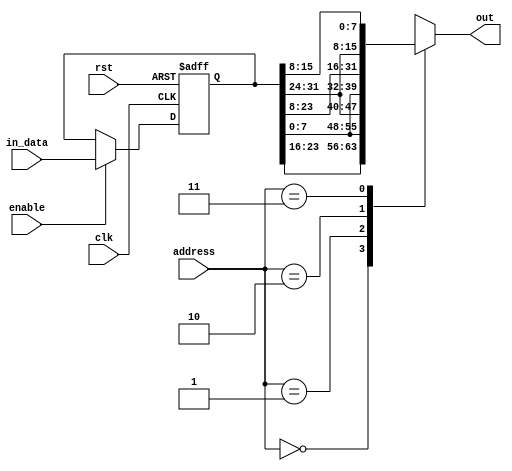
module Reg_in #(parameter NO_comp_word = 2 , data_width = 8) (
    input   wire    [2 * NO_comp_word * data_width-1 : 0]     in_data,        // a1[7:0] a2[8:15] b1[16:23] b2[24:31]
    input   wire                                              clk , rst,
    input   wire                                              enable,
    output  reg     [NO_comp_word * data_width-1 : 0]         out,
    input   wire    [NO_comp_word-1:0]                        address
 );
    reg    [2 * NO_comp_word * data_width-1 : 0]  mem;
    
    always @(posedge clk or negedge rst)
        begin
            if ( !rst )
                mem <= 0;
            else if ( enable )
                mem <= in_data;
        end

    always @(*)
        begin
            case ( address )
                0 :     out <= {mem[ 3 * data_width - 1 : data_width * 2 ]  , mem[ 1 * data_width - 1 : data_width * 0 ]};     // { b1 , a1 }
                1 :     out <= {mem[ 4 * data_width - 1 : data_width * 3 ]  , mem[ 1 * data_width - 1 : data_width * 0 ]};     // { b2 , a1 }
                2 :     out <= {mem[ 3 * data_width - 1 : data_width * 2 ]  , mem[ 2 * data_width - 1 : data_width * 1 ]};    // { b1 , a2 }
                3 :     out <= {mem[ 4 * data_width - 1 : data_width * 3 ]  , mem[ 2 * data_width - 1 : data_width * 1 ]};    // { b2 , a2 }
                default:    out <= 0;
            endcase
        end
endmodule